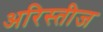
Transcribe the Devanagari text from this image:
अरिस्तीज